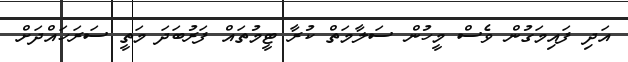
އަދި ފައިމަގުން ވެސް މީހުން ސަލާމަތް ކުރާ ޓީމުތައް ފަރުބަދަ މަތީ ސަރަހައްދަށް